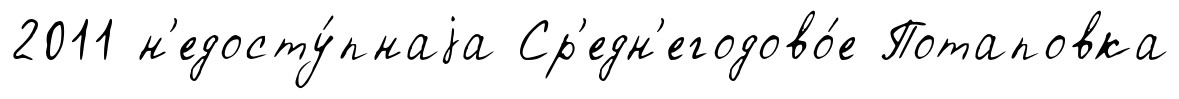
2011 н'едосту́пнаjа Ср'едн'егодово́е Потаповка